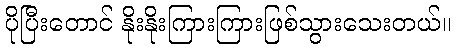
ပိုပြီးတောင် နိုးနိုးကြားကြားဖြစ်သွားသေးတယ်။